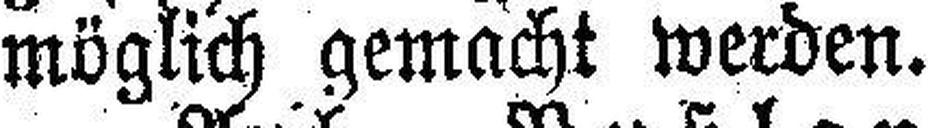
möglich gemacht werden.